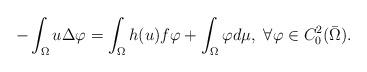
LaTeX: \begin{align*}-\int_{\Omega}u\Delta \varphi=\int_{\Omega}h(u)f\varphi +\int_{\Omega}\varphi d\mu,~ \forall\varphi\in C_0^2({\bar{\Omega}}).\end{align*}